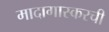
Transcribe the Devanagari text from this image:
मादागास्करची